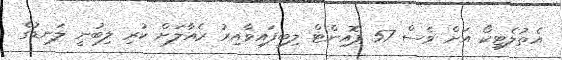
އެތުލެޓިކޯ އަށް ވެސް 57 ޕޮއިންޓް ލިބިފައިވާއިރު ރެއާލަށް ކުރި ލިބުނީ ލަނޑުގެ